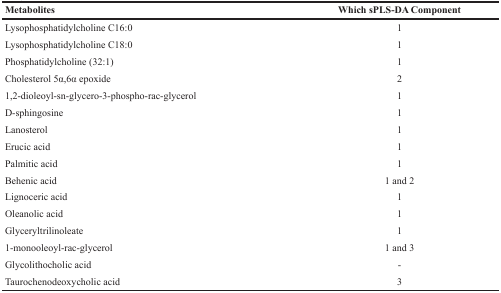
<table><thead><tr><td><b>Metabolites</b></td><td><b>Which sPLS-DA Component</b></td></tr></thead><tbody><tr><td>Lysophosphatidylcholine C16:0</td><td>1</td></tr><tr><td>Lysophosphatidylcholine C18:0</td><td>1</td></tr><tr><td>Phosphatidylcholine (32:1)</td><td>1</td></tr><tr><td>Cholesterol 5α,6α epoxide</td><td>2</td></tr><tr><td>1,2-dioleoyl-sn-glycero-3-phospho-rac-glycerol</td><td>1</td></tr><tr><td>D-sphingosine</td><td>1</td></tr><tr><td>Lanosterol</td><td>1</td></tr><tr><td>Erucic acid</td><td>1</td></tr><tr><td>Palmitic acid</td><td>1</td></tr><tr><td>Behenic acid</td><td>1 and 2</td></tr><tr><td>Lignoceric acid</td><td>1</td></tr><tr><td>Oleanolic acid</td><td>1</td></tr><tr><td>Glyceryltrilinoleate</td><td>1</td></tr><tr><td>1-monooleoyl-rac-glycerol</td><td>1 and 3</td></tr><tr><td>Glycolithocholic acid</td><td>-</td></tr><tr><td>Taurochenodeoxycholic acid</td><td>3</td></tr></tbody></table>